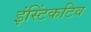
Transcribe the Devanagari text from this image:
इंस्टिंकटिव